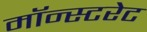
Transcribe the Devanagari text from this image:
मॉन्स्टरेट